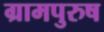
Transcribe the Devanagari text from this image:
ग्रामपुरुष